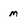
Character: m